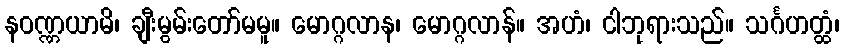
နဝဏ္ဏယာမိ၊ ချီးမွမ်းတော်မမူ။ မောဂ္ဂလာန၊ မောဂ္ဂလာန်။ အဟံ၊ ငါဘုရားသည်။ သင်္ဂဟတ္ထံ၊